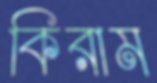
কিরাম